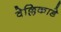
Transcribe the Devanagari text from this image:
वेल्लिकाडे